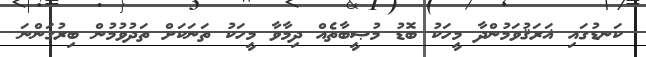
ކަނޑުގައި ޣަރަޤުވަމުންދާ މީހަކު ބޮޑު މުޞީބާތެއް ދިމާވާ މީހަކު ތަނަކަށް ތަދުވުމުން ބިރުގަންނަ